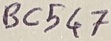
Text: BC547